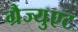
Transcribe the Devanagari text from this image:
ग्रैज्युएट